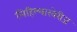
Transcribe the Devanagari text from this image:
लिहिल्याखेरीज